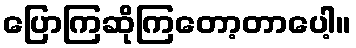
ပြောကြဆိုကြတော့တာပေါ့။